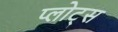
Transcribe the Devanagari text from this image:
प्लोट्स